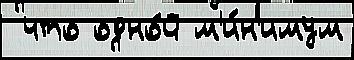
 что одно́й м'и́н'имум